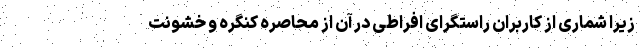
زیرا شماری از کاربران راستگرای افراطی در آن از محاصره کنگره و خشونت